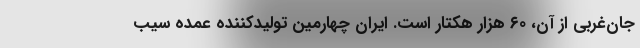
جان‌غربی از آن، ۶۰ هزار هکتار است. ایران چهارمین تولیدکننده عمده سیب